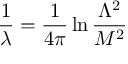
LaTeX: \frac { 1 } { \lambda } = \frac { 1 } { 4 \pi } \ln \frac { \Lambda ^ { 2 } } { M ^ { 2 } }